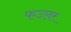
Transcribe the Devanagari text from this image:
फउलर